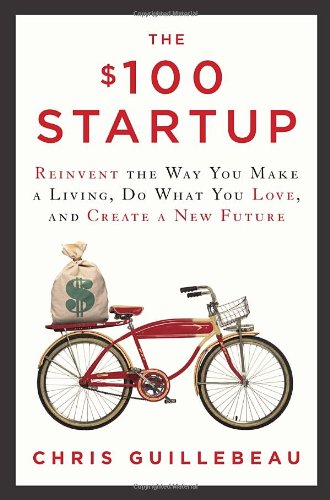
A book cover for The $100 Startup: Reinvent the Way You Make a Living, Do What You Love, and Create a New Future; Chris Guillebeau; Reference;